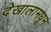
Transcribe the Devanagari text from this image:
देखालामधून